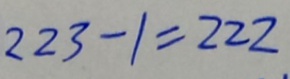
2 2 3 - 1 = 2 2 2 .